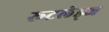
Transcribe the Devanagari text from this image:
रूटलेड्ज